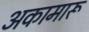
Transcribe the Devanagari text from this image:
अकामारू